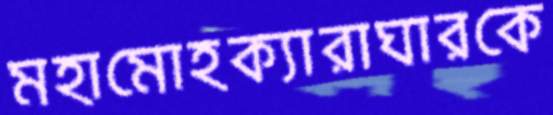
মহামোহক্যারাঘারকে